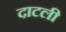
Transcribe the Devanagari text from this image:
दाटली